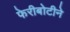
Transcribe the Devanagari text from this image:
फेरीबोटीने